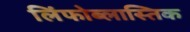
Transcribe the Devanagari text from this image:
लिंफोब्लास्तिक